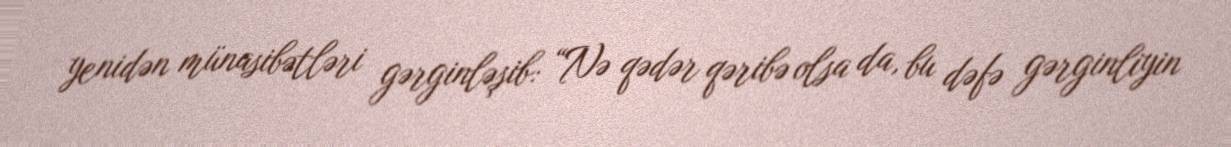
yenidən münasibətləri gərginləşib: “Nə qədər qəribə olsa da, bu dəfə gərginliyin